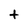
Character: t